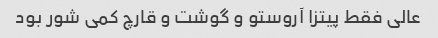
عالی فقط پیتزا آروستو و گوشت و قارچ کمی شور بود